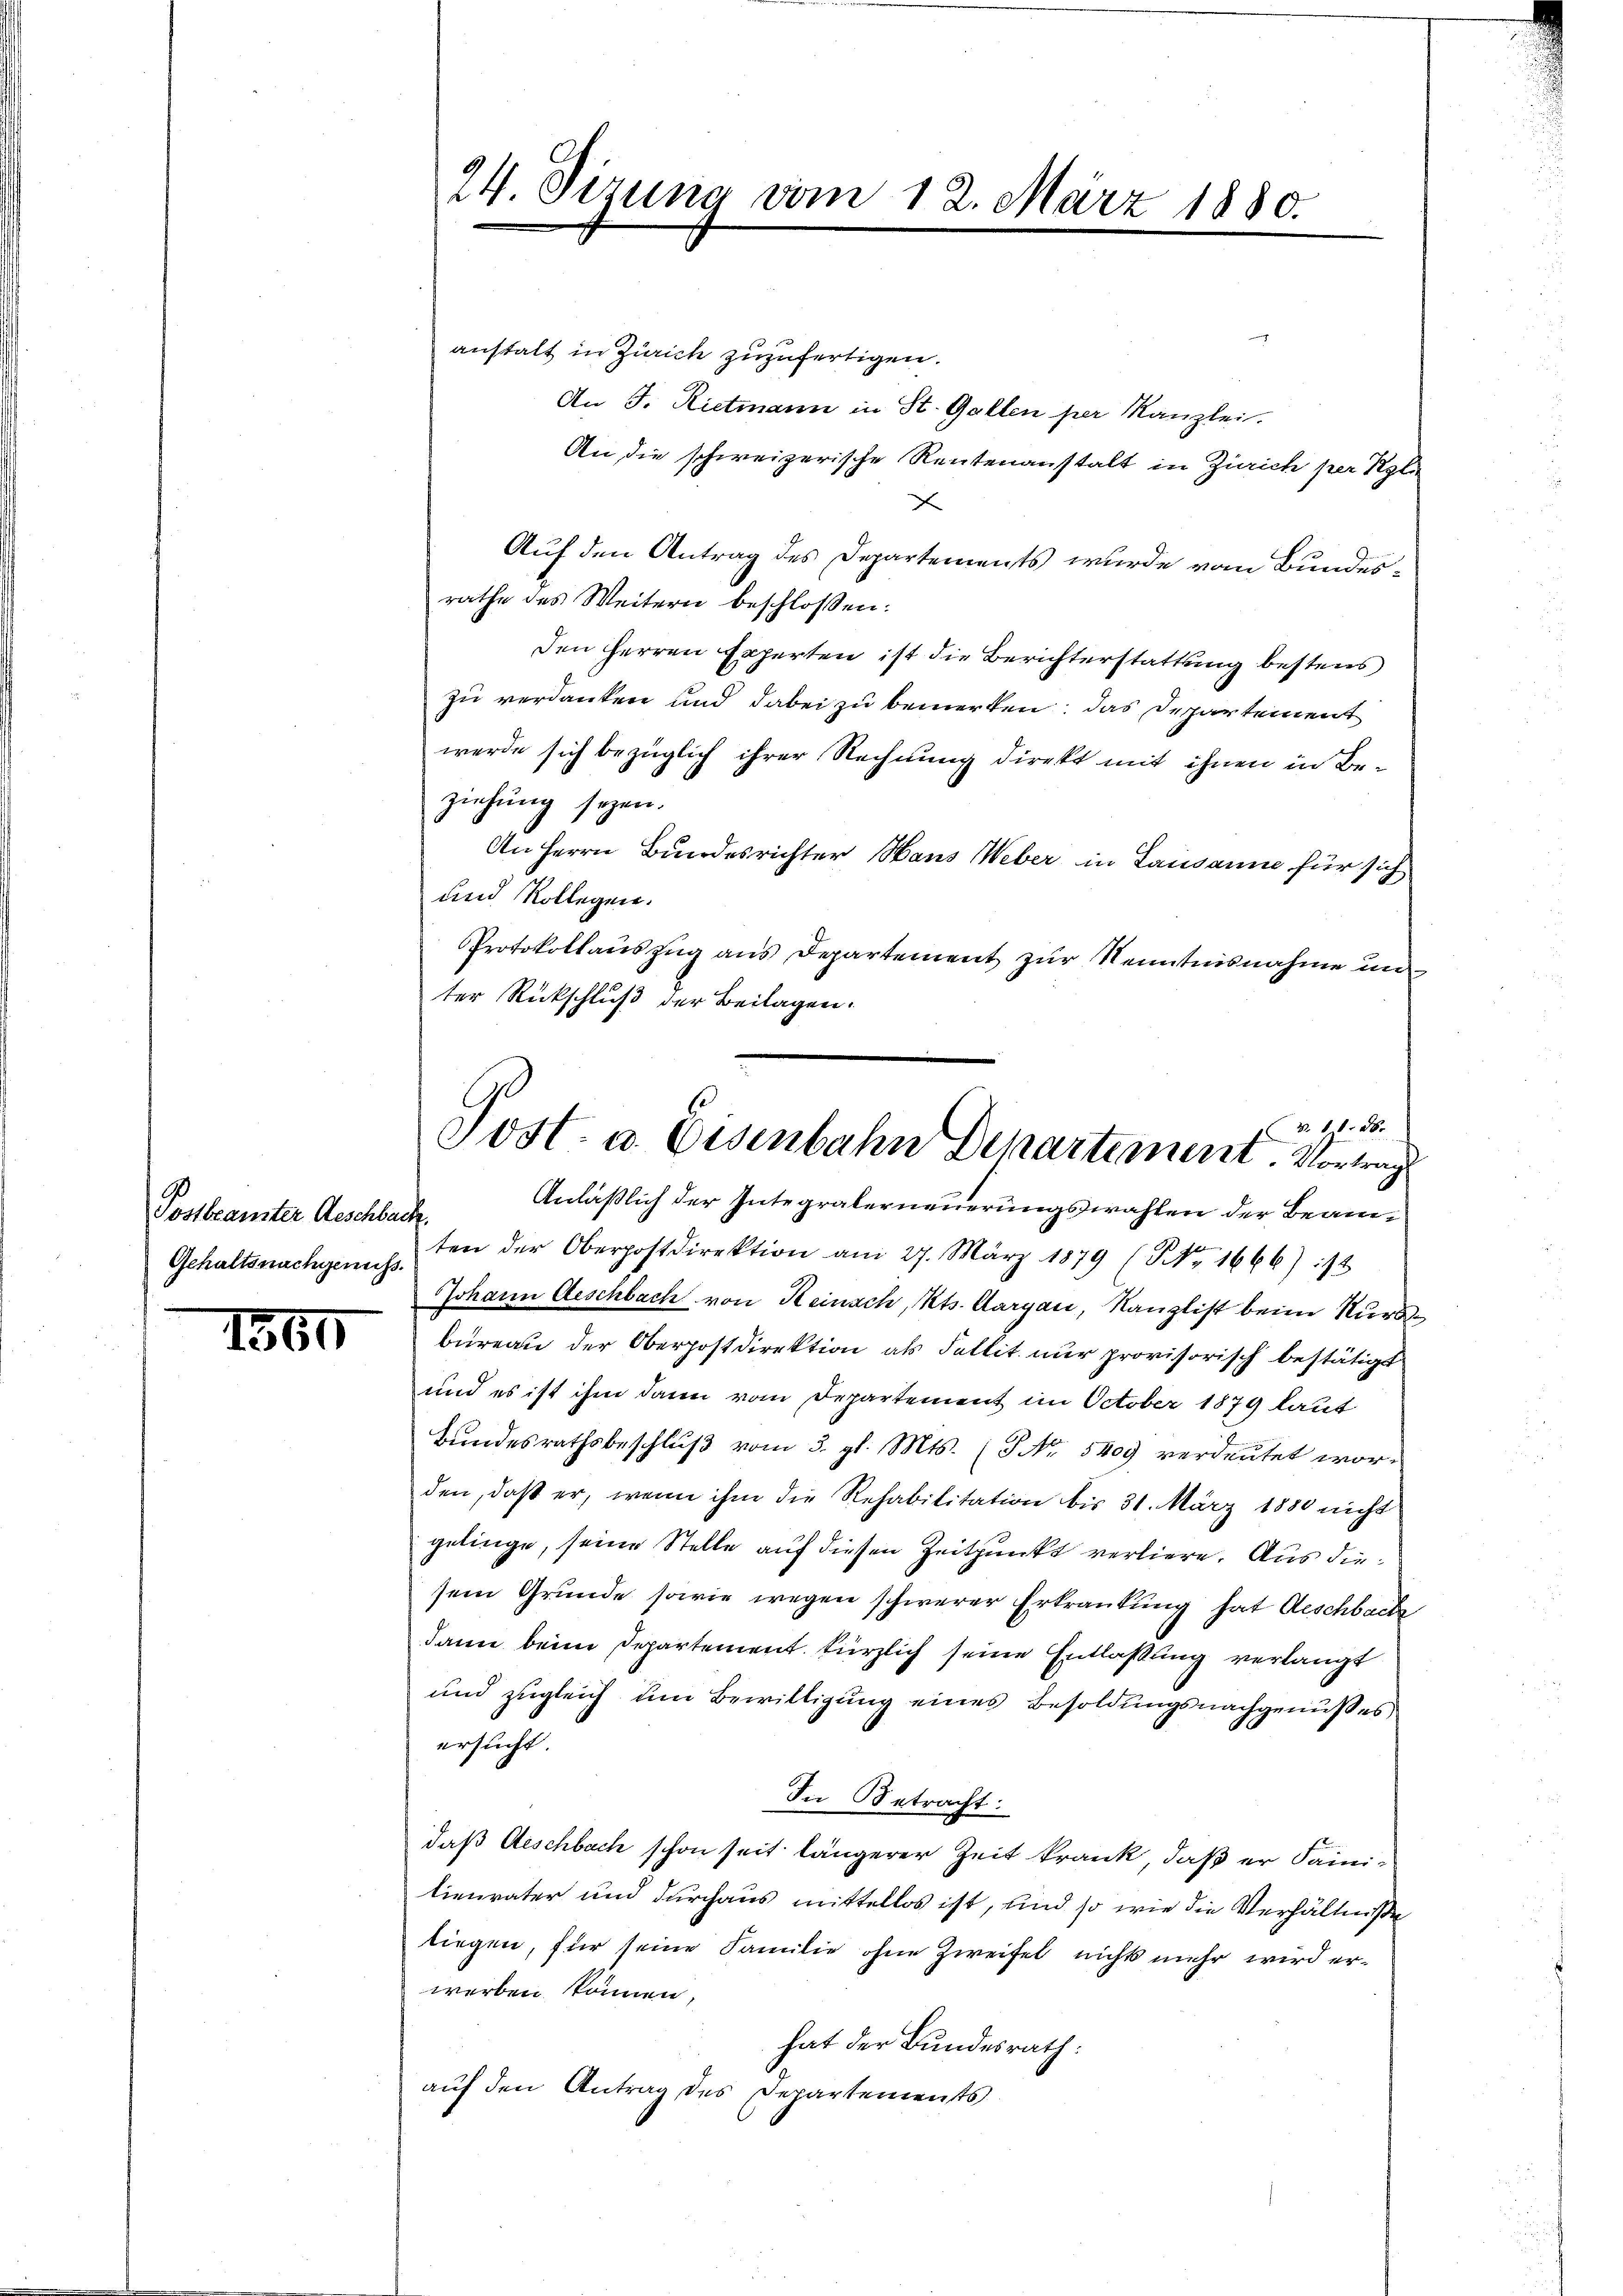
Posttranster Geschbach.
Gehaltsnachgenuss.

1360

anstalt in Zürich zuzufertigen.
An J. Rietmann in St. Gallen per Kanzlei.
An die schweizerische Rentenanstalt in Zürich per Reli
x
Auf den Antrag des Departements wurde vom Bundesrathe des Weitern beschlossen:
den Herren Experten ist die Berichterstattung bestens
zu verdanken und dabei zu bemerken; das Departement
werde sich bezüglich ihrer Rechnung direkt mit ihnen in Beziehung seyen.
An Herrn Bundesrichter Hans Weber in Lausanne für sich
und Kollegen.
Protokollaŭszŭg ans Departement zur Kenntnisnahme un
ter Rückschluß der Beilagen.

24. Sizung vom 12. März 1880.

3. 11. 86.
Post. u. Eisenbahn Departement. Vortrag
Anläßlich der Integralerneuerungswahlen der Beam¬

ten der Oberpostdirektion am 27. März 1879 (S. 1666) ist
Johann Geschbach von Reinach, Kts. Aargau, Kanzlist beim Nur
büreau der Oberpostdirektion als Fallit nur provisorisch bestätigt
und es ist ihm dann vom Departement im October 1879 laut
Bŭndesrathsbeschlŭβ vom 3. gl. Mts. (T No. 5409 verdeutet worden, daß er, wenn ihm die Rehabilitation bis 31. März 1880 nicht
gelinge, seine Stelle auf diesen Zeitpunkt verliere. Aus diesein Grunde sowie wegen schwerer Erkrankung hat Geschbache
dann beim Departement kürzlich seine Entlaßung verlangt
und zugleich um Bewilligung eines Besoldungsnachgenußes
ersucht.
In Betracht:
daß Aeschbach schon seit längerer Zeit krank, daß er Sainilienvater und durchaus mittellos ist, und so wie die Verhältnisse
tiegen, für seine Familie ohne Zweifel nicht mehr wird erwerben können,
hat der Bundesrath:
auf den Antrag des Departements